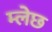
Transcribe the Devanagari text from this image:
म्लेछ